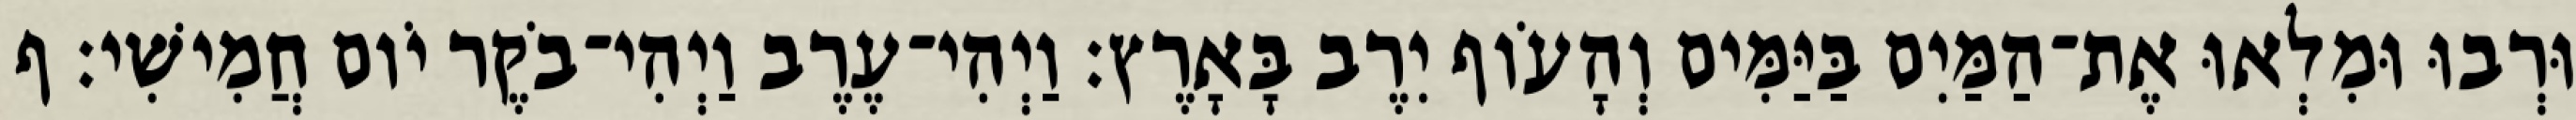
וּרְבוּ וּמִלְאוּ אֶת־הַמַּיִם בַּיַּמִּים וְהָעֹוף יִרֶב בָּאָרֶץ׃ וַיְהִי־עֶרֶב וַיְהִי־בֹקֶר יֹום חֲמִישִׁי׃ ף